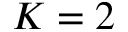
K = 2